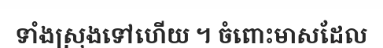
ទាំងស្រុងទៅហើយ ។ ចំពោះមាសដែល